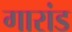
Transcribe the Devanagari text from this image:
गारांड